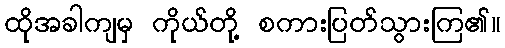
ထိုအခါကျမှ ကိုယ်တို့ စကားပြတ်သွားကြ၏။